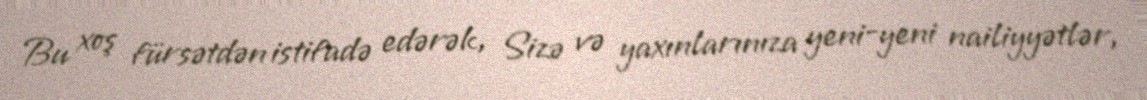
Bu xoş fürsətdən istifadə edərək, Sizə və yaxınlarınıza yeni-yeni nailiyyətlər,